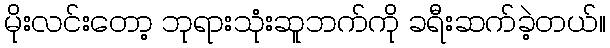
မိုးလင်းတော့ ဘုရားသုံးဆူဘက်ကို ခရီးဆက်ခဲ့တယ်။